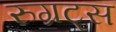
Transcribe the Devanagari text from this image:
रुग्रट्स